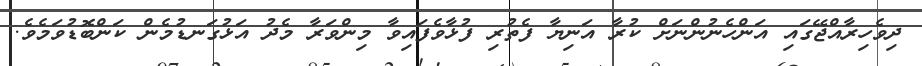
ދިވެހިރާއްޖޭގައި އަންހެނުންނަށް ކުރާ އަނިޔާ ފެތުރި ފުޅާވެފައިވާ މިންވަރާ މެދު އަޅުގަނޑުމެން ކަންބޮޑުވަމެވެ.